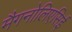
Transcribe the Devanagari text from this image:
मैगनोलिएसिई